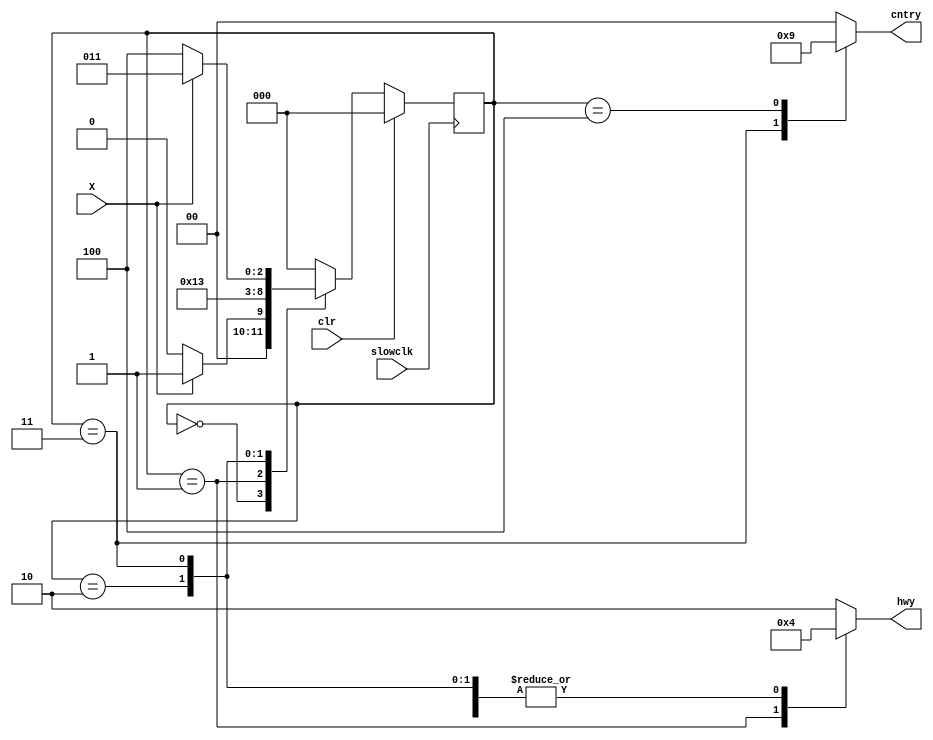
`timescale 1ns / 1ps
//////////////////////////////////////////////////////////////////////////////////
// Company: 
// Engineer: 
// 
// Design Name: 
// Module Name:    tlc 
// Project Name: 
// Target Devices: 
// Tool versions: 
// Description: 
//
// Dependencies: 
//
// Revision: 
// Revision 0.01 - File Created
// Additional Comments: 
//
//////////////////////////////////////////////////////////////////////////////////
module tlc(
    input X,
    input slowclk,
    input clr,
    output reg [1:0] hwy,
    output reg [1:0] cntry
    );

parameter R=2'd0,
			 Y=2'd1,
			 G=2'd2;
			
parameter S0=3'd0,
			 S1=3'd1,
			 S2=3'd2,
			 S3=3'd3,
			 S4=3'd4;
			 
parameter Y2RD = 2'd3,
			 R2GD = 2'd2;
			 
			 
reg [2:0] state;
reg [2:0] next_state;

always@(posedge slowclk)
if(clr)
	state<=S0;
else
	state<=next_state;

always@(state)
begin	
	hwy=G;
	cntry=R;
	case(state)
	S0: ;
	S1: hwy=Y;
	S2: hwy=R;
	S3: begin
		 hwy=R;
		 cntry=G;
		 end
	S4: begin
		 hwy=R;
		 cntry=Y;
		 end
	endcase
end

always@(state or X)
begin
case(state)
S0: if(X)
		next_state=S1;
		else
		next_state=S0;
	S1: begin
		repeat(Y2RD) 
		next_state=S2;
		end
	S2: begin
		repeat(R2GD) 
		next_state=S3;
		end
	S3: if(X)
		next_state=S3;
		else
		next_state=S4;
	S4: begin 
		repeat(Y2RD) 
		next_state=S0;
		end	
		
default: next_state=S0;
endcase
end


endmodule